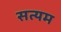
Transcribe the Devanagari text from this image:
सत्यम